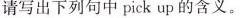
请写出下列句中pick up 的含义.